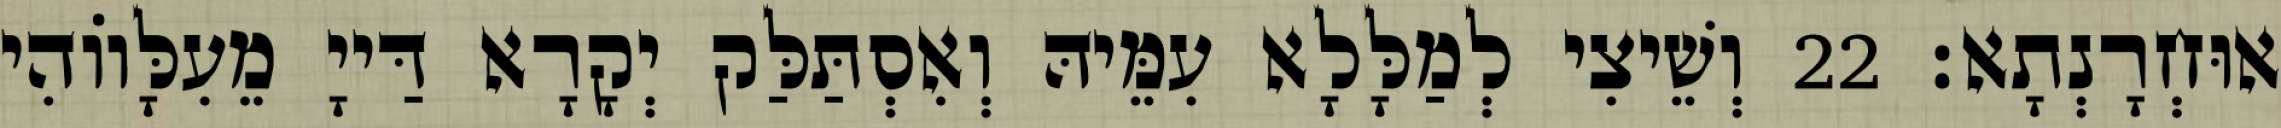
אוּחְרָנְתָא׃ 22 וְשֵׁיצִי לְמַלָּלָא עִמֵּיהּ וְאִסְתַּלַּק יְקָרָא דַּייָ מֵעִלָּווֹהִי